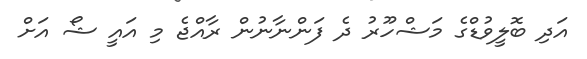
އަދި ބޮލީވުޑްގެ މަޝްހޫރު ދެ ފަންނާނުން ރާއްޖެ މި އައީ ޝޯ އަށް